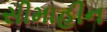
સીમાહીન